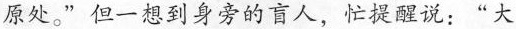
原处。”但一想到身旁的商人，忙提醒说：”大